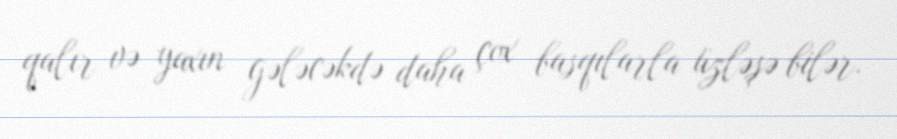
qalır və yaxın gələcəkdə daha çox basqılarla üzləşə bilər.